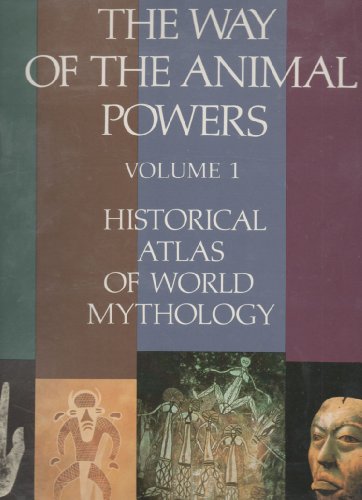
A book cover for The Way of the Animal Powers (The Historical Atlas of World Mythology, Vol. 1); Joseph Campbell; History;